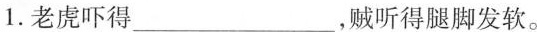
1.老虎吓得___，贼听得腿脚发软。